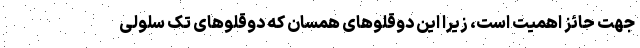
جهت حائز اهمیت است، زیرا این دوقلو‌های همسان که دوقلو‌های تک سلولی